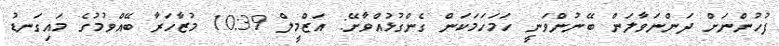
ފުުހުންނަށް ދަންނަވާލަން ބޭނުންވަނީ ހަމަހަމަކަން ގެންގުޅުއްވާށޭ: އަޒްމީލް 10:39 މުޒާހަރާ ބޭއްވުމުގެ މައިގަނޑު